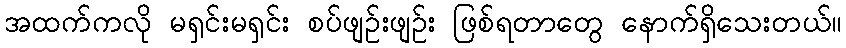
အထက်ကလို မရှင်းမရှင်း စပ်ဖျဉ်းဖျဉ်း ဖြစ်ရတာတွေ နောက်ရှိသေးတယ်။